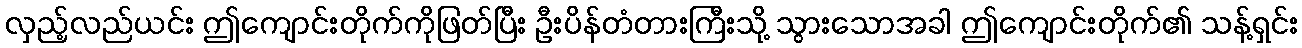
လှည့်လည်ယင်း ဤကျောင်းတိုက်ကိုဖြတ်ပြီး ဦးပိန်တံတားကြီးသို့ သွားသောအခါ ဤကျောင်းတိုက်၏ သန့်ရှင်း